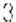
3